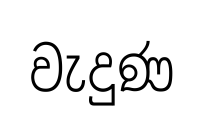
වැදුණ